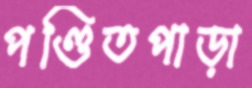
পণ্ডিতপাড়া